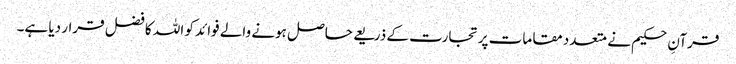
قرآنِ حکیم نے متعدد مقامات پرتجارت کے ذریعے حاصل ہونے والے فوائد کو اللہ کا فضل قرار دیا ہے۔